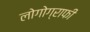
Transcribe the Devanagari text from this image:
लोगोग्राफी